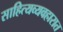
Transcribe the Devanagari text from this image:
साहित्यव्यवहारात